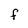
Character: F